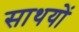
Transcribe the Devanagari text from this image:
साथयों